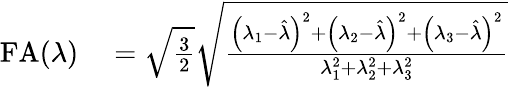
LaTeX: \begin{array}{rl}{\mathrm{FA}(\lambda)}&{{}=\sqrt{\frac{3}{2}}\sqrt{\frac{\left(\lambda_{1}-\hat{\lambda}\right)^{2}+\left(\lambda_{2}-\hat{\lambda}\right)^{2}+\left(\lambda_{3}-\hat{\lambda}\right)^{2}}{\lambda_{1}^{2}+\lambda_{2}^{2}+\lambda_{3}^{2}}}}\end{array}